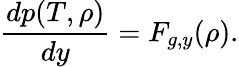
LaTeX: \frac{dp(T,\rho)}{dy}=F_{g,y}(\rho).